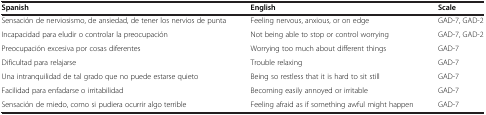
| Spanish | English | Scale |
 | --- | --- | --- |
 | Sensación de nerviosismo, de ansiedad, de tener los nervios de punta | Feeling nervous, anxious, or on edge | GAD-7, GAD-2 |
 | Incapacidad para eludir o controlar la preocupación | Not being able to stop or control worrying | GAD-7, GAD-2 |
 | Preocupación excesiva por cosas diferentes | Worrying too much about different things | GAD-7 |
 | Dificultad para relajarse | Trouble relaxing | GAD-7 |
 | Una intranquilidad de tal grado que no puede estarse quieto | Being so restless that it is hard to sit still | GAD-7 |
 | Facilidad para enfadarse o irritabilidad | Becoming easily annoyed or irritable | GAD-7 |
 | Sensación de miedo, como si pudiera ocurrir algo terrible | Feeling afraid as if something awful might happen | GAD-7 |